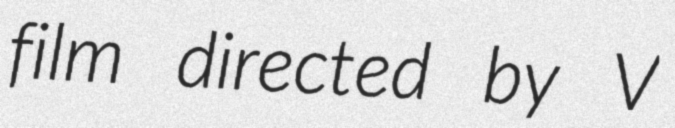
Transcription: film directed by V